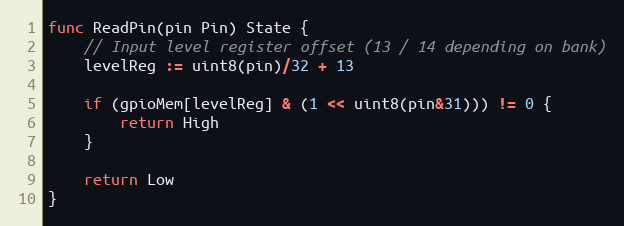
Language: Go
func ReadPin(pin Pin) State {
	// Input level register offset (13 / 14 depending on bank)
	levelReg := uint8(pin)/32 + 13

	if (gpioMem[levelReg] & (1 << uint8(pin&31))) != 0 {
		return High
	}

	return Low
}